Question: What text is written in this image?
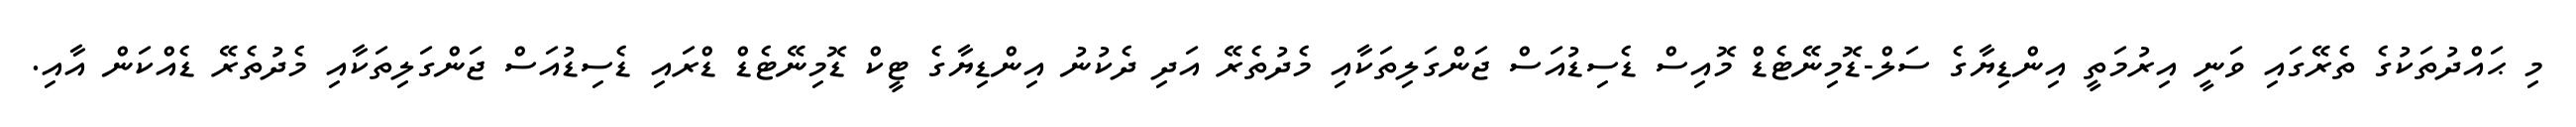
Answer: މި ޙައްދުތަކުގެ ތެރޭގައި ވަނީ އިރުމަތީ އިންޑިޔާގެ ސަލް-ޑޮމިނޭޓެޑް މޮއިސް ޑެސިޑުއަސް ޖަންގަލިތަކާއި މެދުތެރޭ އަދި ދެކުނު އިންޑިޔާގެ ޓީކް ޑޮމިނޭޓެޑް ޑްރައި ޑެސިޑުއަސް ޖަންގަލިތަކާއި މެދުތެރޭ ޑެއްކަން އާއި.